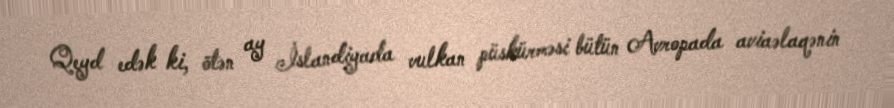
Qeyd edək ki, ötən ay İslandiyada vulkan püskürməsi bütün Avropada aviaəlaqənin